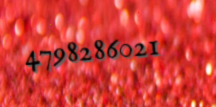
4798286021